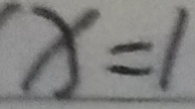
x = 1